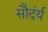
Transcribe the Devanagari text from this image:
सौदंर्य